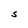
Character: S